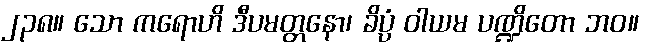
၂၃၈။ သော ကရောဟိ ဒီပမတ္တနော၊ ခိပ္ပံ ဝါယမ ပဏ္ဍိတော ဘဝ။